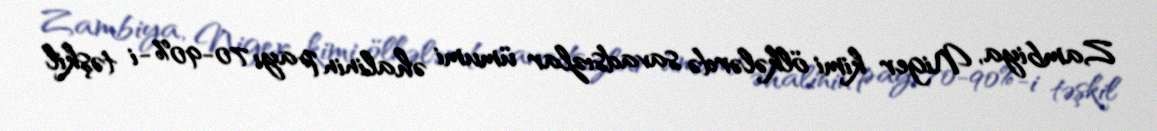
Zambiya, Niger kimi ölkələrdə savadsızlar ümumi əhalinin payı 70-90%-i təşkil